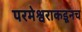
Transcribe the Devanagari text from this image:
परमेश्वराकडूनच